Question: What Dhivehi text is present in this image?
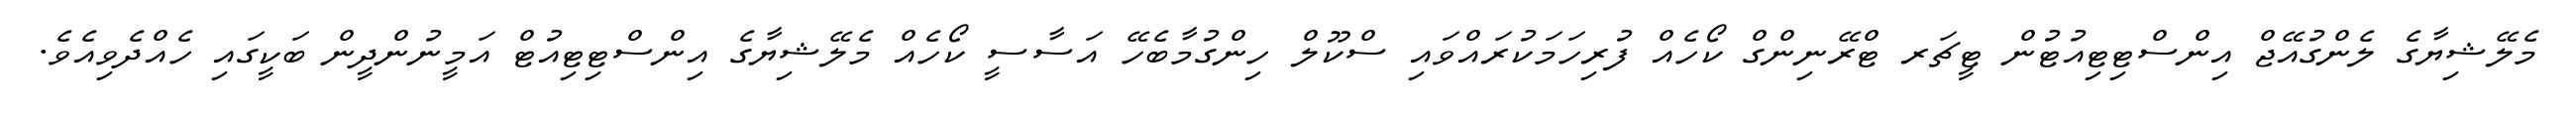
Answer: މެލޭޝިޔާގެ ލެންގުއޭޖް އިންސްޓިޓިއުޓުން ޓީޗަރ ޓްރޭނިންގް ކޯހެއް ފުރިހަމަކުރައްވައި ސްކޫލް ހިންގުމާބެހޭ އަސާސީ ކޯހެއް މެލޭޝިޔާގެ އިންސްޓިޓިއުޓް އަމީނުންދީން ބަކީގައި ހެއްދެވިއެވެ.